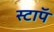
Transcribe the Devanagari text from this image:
स्टाॅप